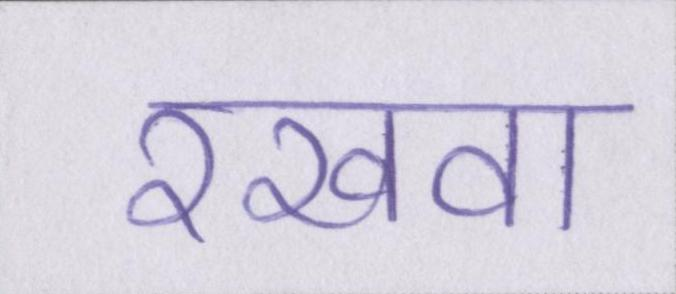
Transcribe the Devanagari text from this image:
रखवा